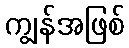
ကျွန်အဖြစ်